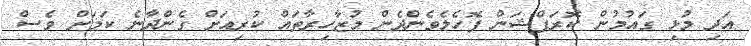
އަދި މުޅި ގައުމުން ކޮރަޕްޝަން ފޮހެލެވެންދެން މުޒާހިރާތައް ކުރިއަށް ގެންދާނެ ކަމަށް ވެސް